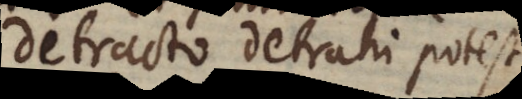
detracto detrahi potest